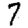
Digit: 7